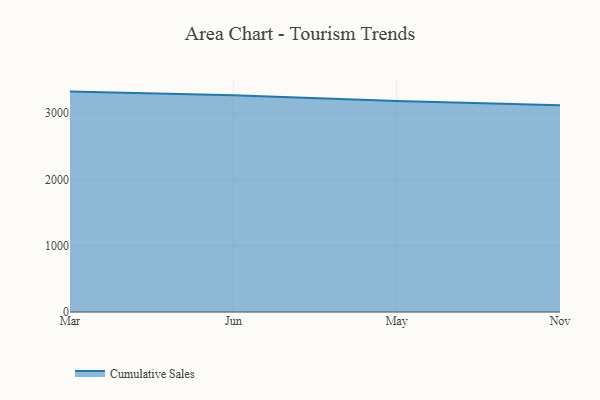
{"axis": {"x": "Month", "y": "Website Visitors"}, "legend": ["Cumulative Sales"], "data": [{"x": "Mar", "y": 3326.5, "type": "Cumulative Sales"}, {"x": "Jun", "y": 3271.2, "type": "Cumulative Sales"}, {"x": "May", "y": 3185.8, "type": "Cumulative Sales"}, {"x": "Nov", "y": 3120.0, "type": "Cumulative Sales"}]}